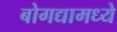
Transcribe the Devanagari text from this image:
बोगद्यामध्ये